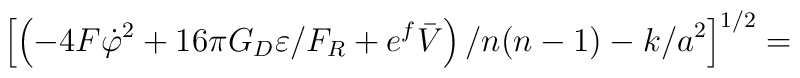
\left[ \left( -4F\dot \varphi ^2+16\pi G_D\varepsilon /F_R+e^f\bar V\right)/n(n-1)-k/a^2\right] ^{1/2}=